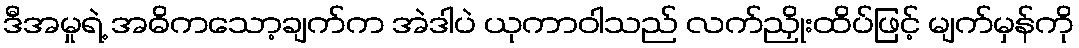
ဒီအမှုရဲ့ အဓိကသော့ချက်က အဲဒါပဲ ယုကာဝါသည် လက်ညှိုးထိပ်ဖြင့် မျက်မှန်ကို